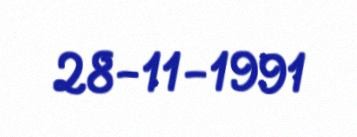
28-11-1991